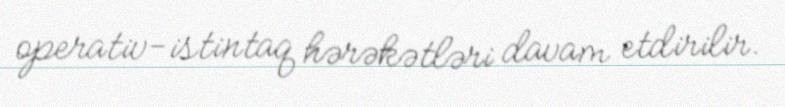
operativ-istintaq hərəkətləri davam etdirilir.